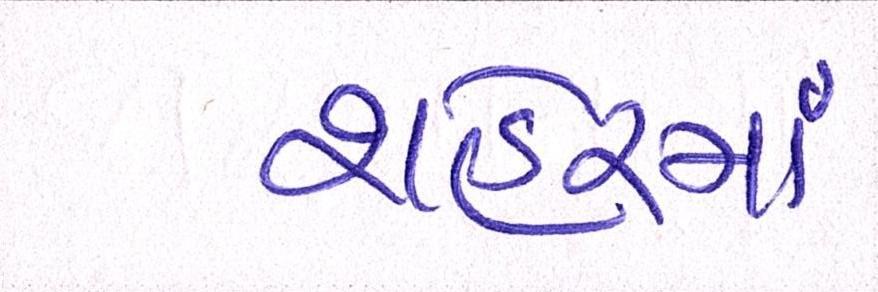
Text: શહેરમાં